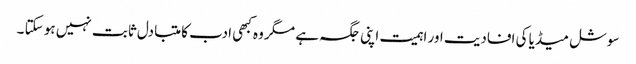
سوشل میڈیا کی افادیت اور اہمیت اپنی جگہ ہے مگر وہ کبھی ادب کا متبادل ثابت نہیں ہو سکتا ۔